Indian Medical Review
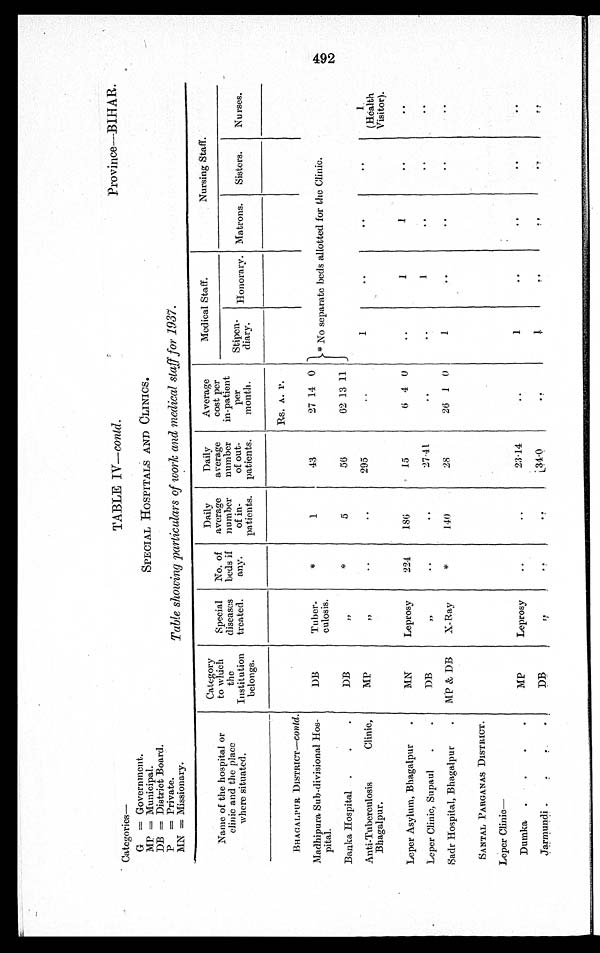
Categories—
G = Government.
MP = Municipal.
DB = District Board.
P = Private.
MN = Missionary.
TABLE IV—contd.
Province—BIHAR.
SPECIAL HOSPITALS AND CLINICS.
Table showing particulars of work and medical staff for 1937.
Name of the hospital or
clinic and the place
where situated.
Category
to which
the
Institution
belongs.
Special
diseases
treated.
No. of
beds if
any.
Daily
average
number
of in-
patients.
Daily
average
number
of out-
patients.
Average
cost per
in-patient
per
month.
Medical Staff.
Nursing Stall.
Stipen-
diary.
Honorary. Matrons.
Sisters.
Nurses.
BHAGALPUR DISTRICT—Contd.
Rs. A. P.
Madhipura Sub-divisional Hos-
pital.
D B
Tuber-
culosis.
*
1
43
27 14 0
* No separate beds allotted for the Clinic.
Banka Hospital .
.
.
DB
„
C
5
56
62 13 11
Anti-Tuberculosis
Clinic,
Bhagalpur.
MP
„
. .
. .
295
..
1
..
..
..
1.
(Health
Visitor).
Leper Asylum, Bhagalpur
.
MN
Leprosy
224
186
15
6 4 0
..
1
1
..
..
Leper Clinic, Supaul
.
.
DB
„ .
. .
. . .
27.41
..
..
1
..
..
. .
Sadr Hospital, Bhagalpur
.
MP & DB
X- Ray
*
1 4 0
2 8
26 1 0
1
..
..
. .
. .
SANTAL PARGANAS DISTRICT.
Leper Clinic—
Dumka .
.
.
.
MP
Leprosy
..
..
23.14
..
1
..
. .
..
. .
Jarmundi .
. . .
D B
„
. .
. .
34.0
. .
1
. .
. .
. .
. .